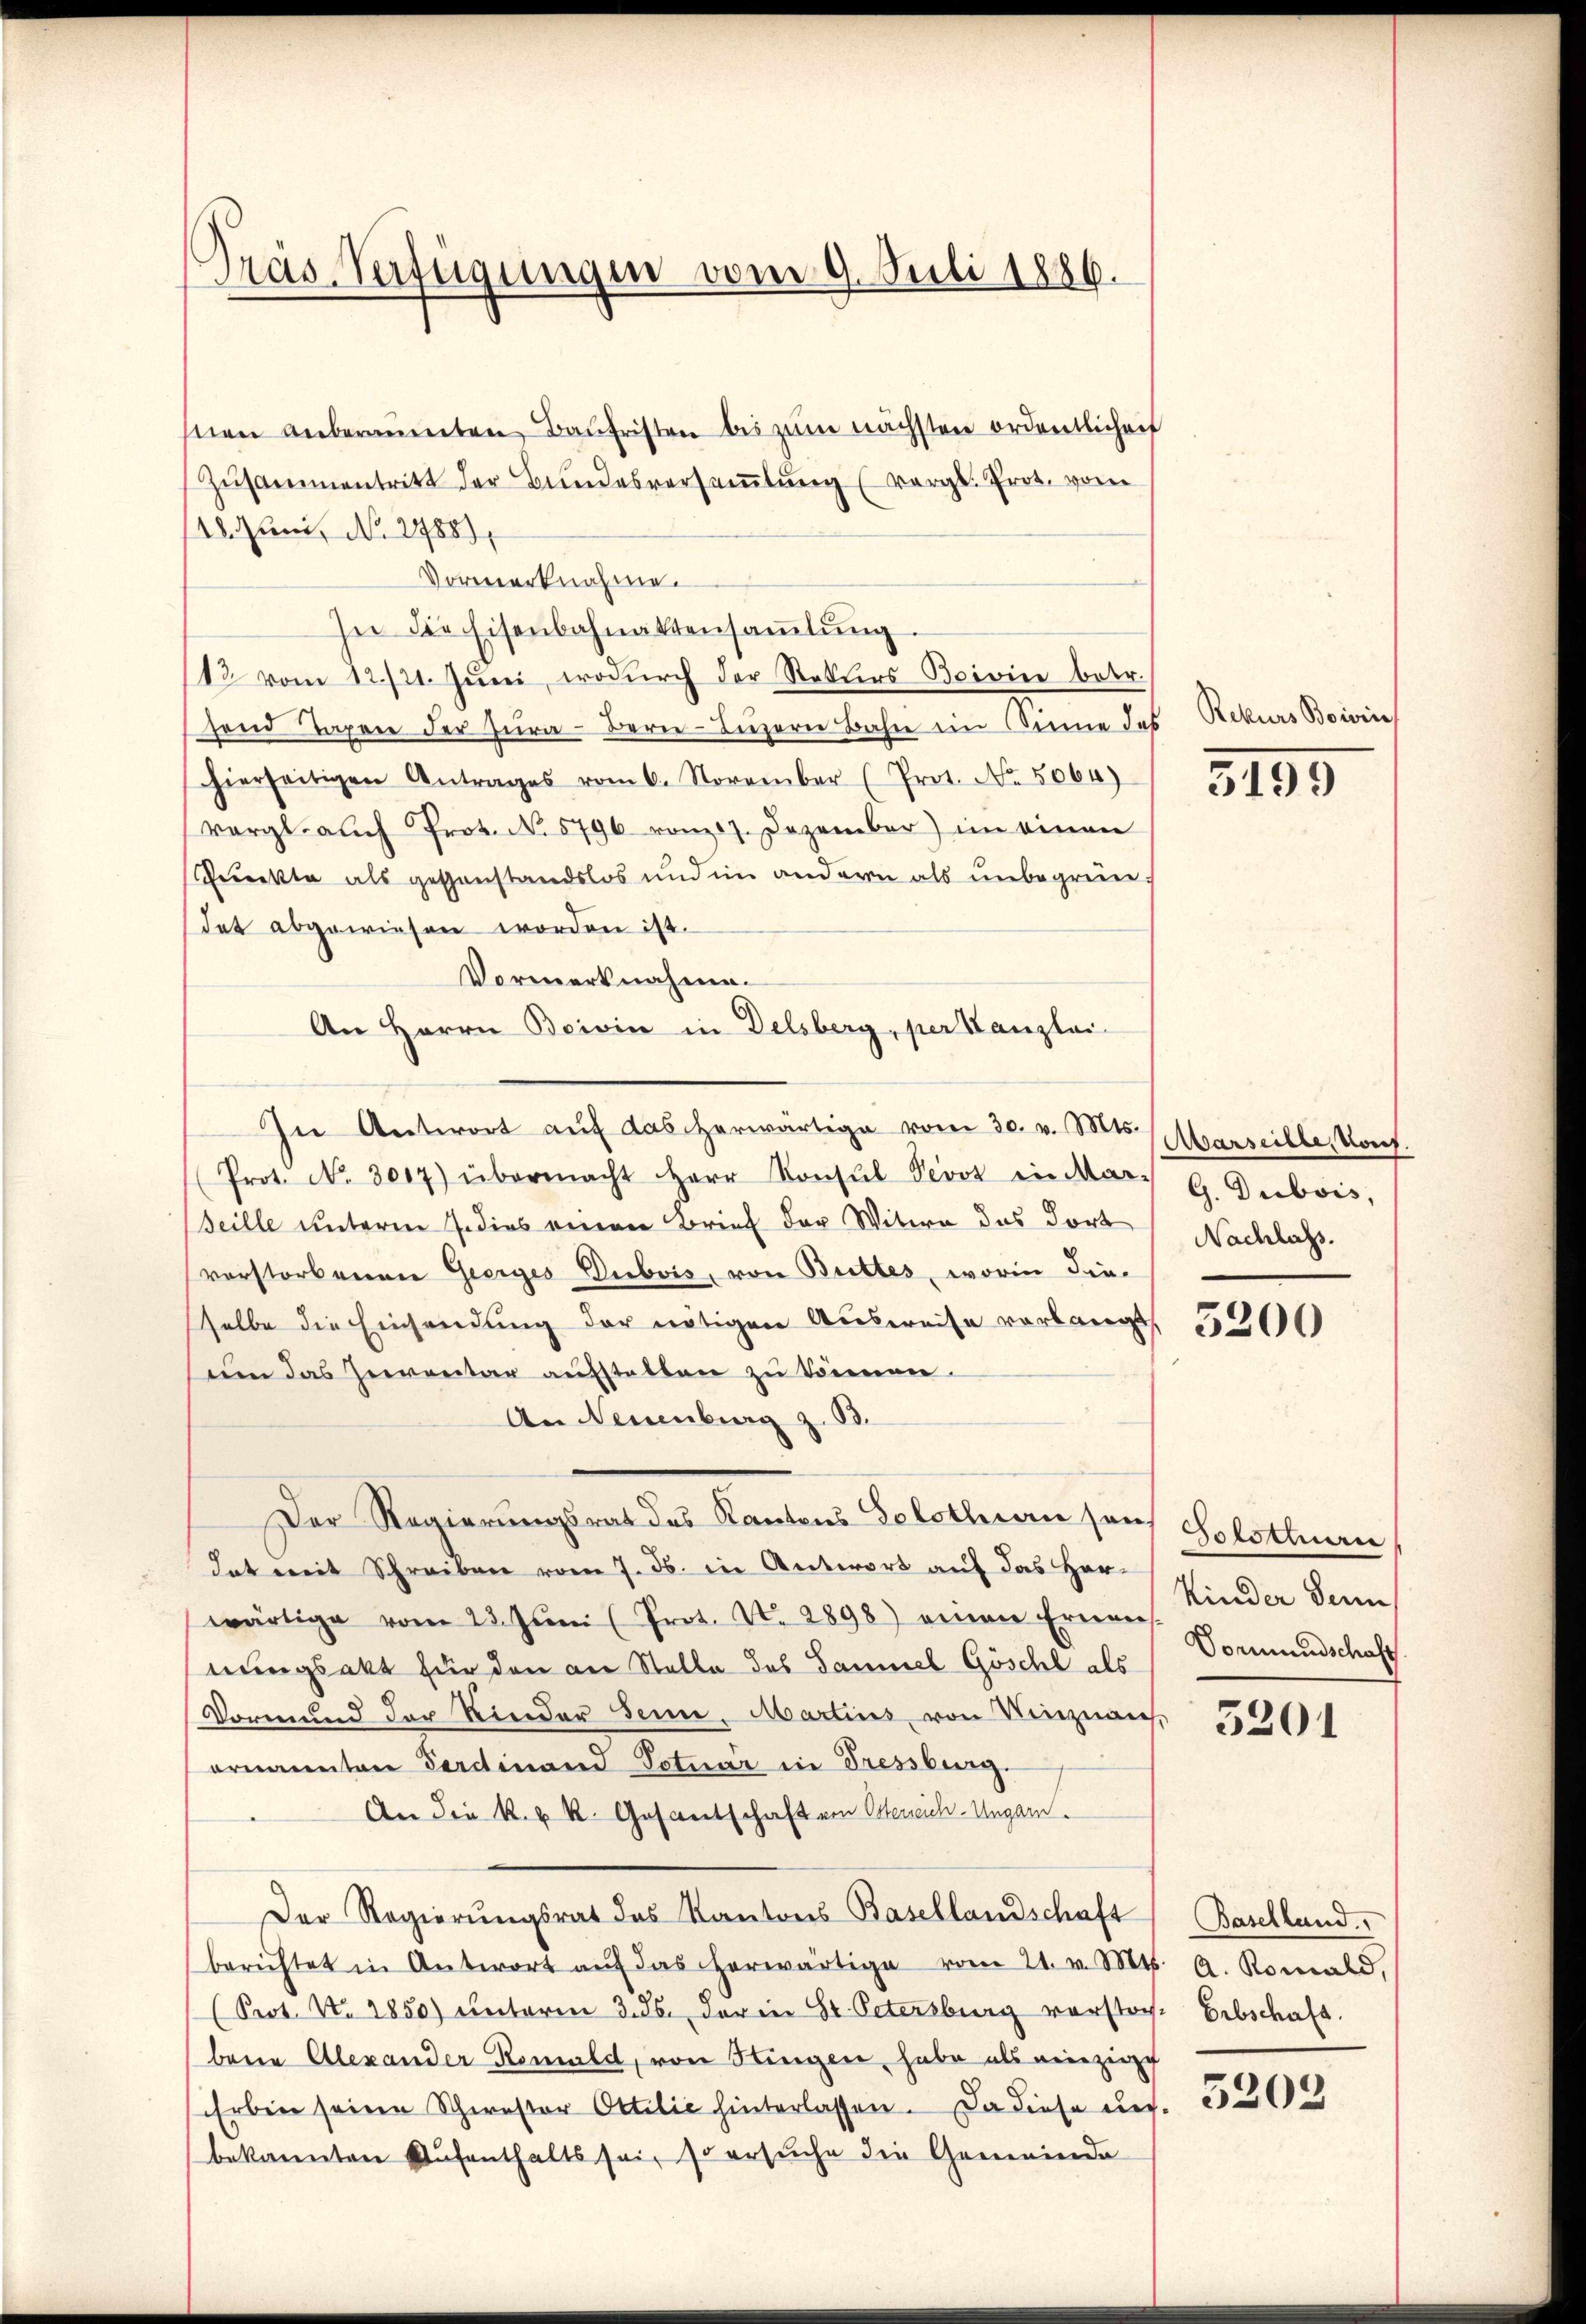
Präs. Verfügungen vom 9. Juli 1886.

snen anberaumten Baŭfristen bis zŭm nächsten ordentlichen
Zusammentritt der Bundesversaṁlŭng (vergl. Prot. vom
und, No 2988),
Vormerknahme.
sei die Eisenbahnaktensamlung
12 vom 12./21. Jŭni, wodurch der Stetters Beivier betr.
zend Tapere der Zŭra - Bern Luzern Bahne ein Sinne des
hierseitigen Antrages vom 6. November (Prot. No. 5064)
vergl. auch Prot. N. 5796 vom 17. Dezember) im einen
Punkte als geschanstandslos und im andern als unbegründat abgewiesen worden ist.
Vormerknahme.
An Herrn Boivin in Delsberg, per Kanzlei-
In Antwort auf das herwärtige vom 30. v. Mts.
Prot. No. 3017) übermacht Herr Konsŭl Verst in Mar-
seille unterm 7. dies einen Brief der Witwe das dort
verstorbenen Geerges Dubois, von Buttes, worin die-
selbe die Einsendung der nötigen Ausweise vorlangt,
um das Geventar aufstalten zu können.
An Neuenburg z. B.
Der Regierungsrat des Kantons Solothurn sei,
dat mit Schreiben vom 7. ds. in Antwort auf das Herwärtige vom 23. Jŭni (Prot. N. 2898) einen Ernen Kinder denn
nungsakt für den an Stelle des Samuel Göschl als
Vormund der Kinder Seine Martins von Vinznaus,
ernannten Ferdinand Totuar in Fressburg.
An die k. k. k. Gosantschaft von Osterreich-Ungarn.
Der Regierungsrat des Kantons Basellandschaft Baselland.
berichtet in Antwort aŭf das herwärtige vom 21. v. Mts. A. Romald
(Seot. N. 2850) unterm 3. ds. der in St. Petersburg vorstor. Erbschaft.
bene Alexander Romald, von Hingen habe als reinzige
Erben seine Schwestor Ottilie hinterlassen. Da diese uns.
bekannten Aufenthalts sei, so ersuche die Gemeinde

Rekurs Boivin

3195

Abarseille, Vort.
G. Dubois,
Nachlass.

3200

Solothurn
Vormundschaft.

5201

5203